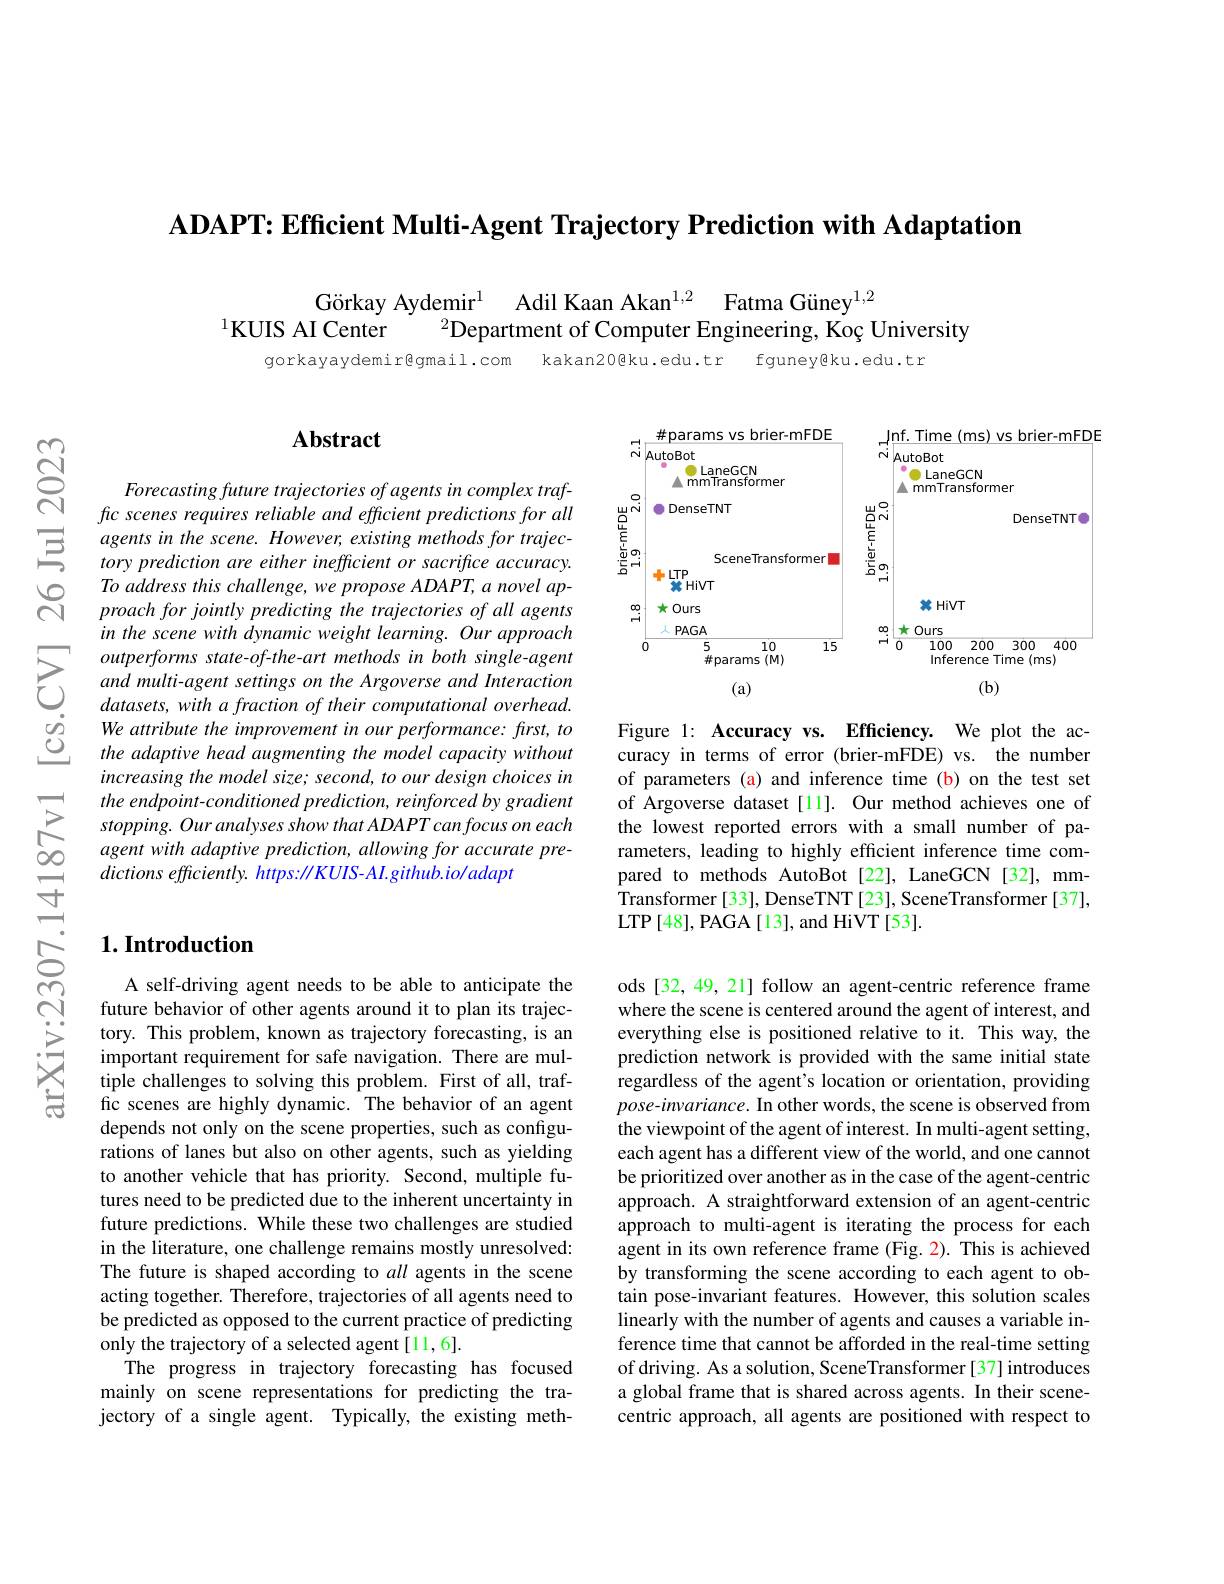
ADAPT: Efficient Multi-Agent Trajectory Prediction with Adaptation

Görkay Aydemir$^{1}$ Adil Kaan Akan$^{1, 2}$ Fatma Güney$^{1,2}$
$^{1}$KUIS AI Center
$^{2}$Department of Computer Engineering, Koç University

kakan20@ku.edu.tr

gorkayaydemir@gmail.com

fguney@ku.edu.tr

$ଝୁ$

## $\mathbf{Abstract}$

Forecasting future trajectories of agents in complex traffic scenes requires reliable and efficient predictions for all
$\Xi$ $agents in the scene. However, existing methods for trajec- torypredictionareeitherinefficientorsacrificeaccuracy.$
To address this challenge, we propose ADAPT, a novel approach for jointly predicting the trajectories of all agents in the scene with dynamic weight learning. Our approach outperforms state-of-the-art methods in both single-agent and multi-agent settings on the Argoverse and Interaction datasets, with a fraction of their computational overhead. We attribute the improvement in our performance: first, to the adaptive head augmenting the model capacity without increasing the model size; second, to our design choices in the endpoint-conditioned prediction, reinforced by gradient stopping. Our analyses show that ADAPT can focus on each $agentwithadaptiveprediction,allowingforaccuratepre-$ dictions efficiently. https: //KUIS-AI.github.io/adapt

# 1. Introduction

A self-driving agent needs to be able to anticipate the future behavior of other agents around it to plan its trajectory. This problem, known as trajectory forecasting, is an important requirement for safe navigation. There are multiple challenges to solving this problem. First of all, traffic scenes are highly dynamic. The behavior of an agent depends not only on the scene properties, such as configurations of lanes but also on other agents, such as yielding to another vehicle that has priority. Second, multiple futures need to be predicted due to the inherent uncertainty in future predictions. While these two challenges are studied in the literature, one challenge remains mostly unresolved: The future is shaped according to all agents in the scene acting together. Therefore, trajectories of all agents need to be predicted as opposed to the current practice of predicting only the trajectory of a selected agent [11,6].
The progress in trajectory forecasting has focused mainly on scene representations for predicting the trajectory of a single agent. Typically, the existing meth-

<FigureHere>

Figure 1: Accuracy vs. Efficiency. We plot the accuracy in terms of error (brier-mFDE) vs. the number of parameters (a) and inference time (b) on the test set of Argoverse dataset [11]. Our method achieves one of the lowest reported errors with a small number of parameters, leading to highly efficient inference time compared to methods AutoBot [22], LaneGCN [32], mmTransformer[33], DenseTNT[23], SceneTransformer[37], LTP[48], PAGA[13], and HiVT[53].

ods[32,49,21] follow an agent-centric reference frame where the scene is centered around the agent of interest, and everything else is positioned relative to it. This way, the prediction network is provided with the same initial state regardless of the agent's location or orientation, providing pose-invariance. In other words, the scene is observed from the viewpoint of the agent of interest. In multi-agent setting, each agent has a different view of the world, and one cannot be prioritized over another as in the case of the agent-centric approach. A straightforward extension of an agent-centric approach to multi-agent is iterating the process for each agent in its own reference frame (Fig. 2). This is achieved by transforming the scene according to each agent to obtain pose-invariant features. However, this solution scales linearly with the number of agents and causes a variable inference time that cannot be afforded in the real-time setting of driving. As a solution, SceneTransformer[37] introduces a global frame that is shared across agents. In their scenecentric approach, all agents are positioned with respect to